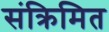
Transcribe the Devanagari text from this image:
संक्रिमित